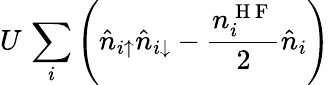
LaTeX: U\, \sum_{i}\left(\hat{n}_{i\uparrow}\hat{n}_{i\downarrow}-\frac{n_{i}^{\mathrm{~H~F~}}}{2}\hat{n}_{i}\right)